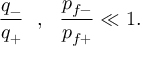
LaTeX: { \frac { q _ { - } } { q _ { + } } } \ \ , \ \ { \frac { p _ { f - } } { p _ { f + } } } \ll 1 .